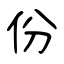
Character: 份